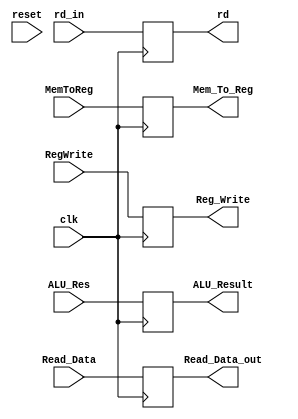
module MEM_WB_Reg (
    input wire clk,
    input wire reset,
    input wire MemToReg,
    input wire RegWrite,
    input wire [63:0] ALU_Res,
    input wire [63:0] Read_Data,
    input wire [4:0] rd_in,
    output reg [63:0] ALU_Result,
    output reg [63:0] Read_Data_out,
    output reg [4:0] rd,
    output reg Mem_To_Reg,
    output reg Reg_Write
);  
    initial
    begin
        Mem_To_Reg = 0;
        Reg_Write = 0;
        ALU_Result = 0;
        Read_Data_out = 0;
        rd = 0; 
    end 
    
    always @(posedge clk) 
    begin
        if (reset)
        begin
            Mem_To_Reg = 0;
            Reg_Write = 0;
            ALU_Result = 0;
            Read_Data_out = 0;
            rd = 0;         
        end
        begin
            Mem_To_Reg = MemToReg;
            Reg_Write = RegWrite;
            ALU_Result = ALU_Res;
            Read_Data_out = Read_Data;
            rd = rd_in;
        end
    end
   
endmodule